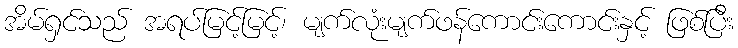
အိမ်ရှင်သည် အရပ်မြင့်မြင့်၊ မျက်လုံးမျက်ဖန်ကောင်းကောင်းနှင့် ဖြစ်ပြီး